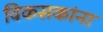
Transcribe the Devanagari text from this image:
विकसकांना